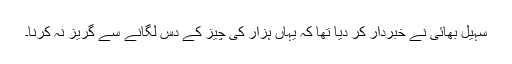
سہیل بھائی نے خبردار کر دیا تھا کہ یہاں ہزار کی چیز کے دس لگانے سے گریز نہ کرنا۔